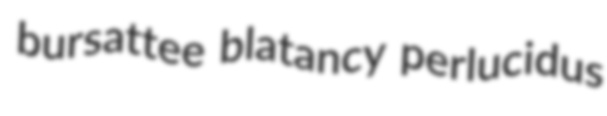
bursattee blatancy perlucidus